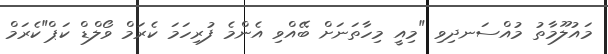
މައުލޫމާތު މުއްސަނދިވި "މިއީ މިހާތަނަށް ބޭއްވި އެންމެ ފުރިހަމަ ކެރަމް ވޯލްޑް ކަޕް"ކެރަމް